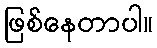
ဖြစ်နေတာပါ။